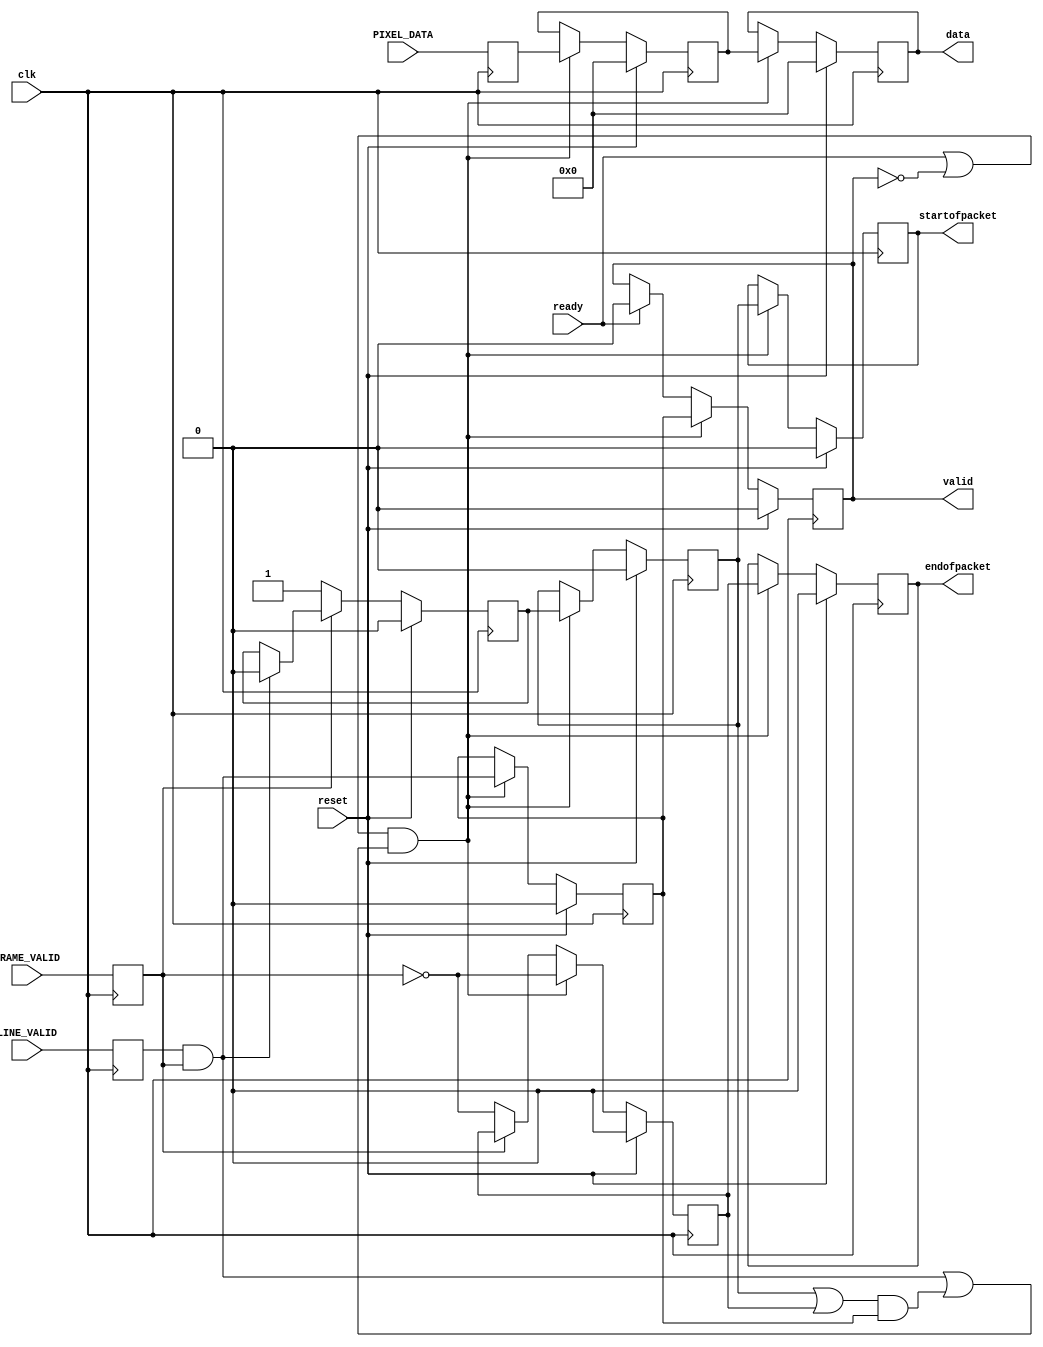
module altera_up_video_camera_decoder (
	clk,
	reset,
	PIXEL_DATA,
	LINE_VALID,
	FRAME_VALID,
	ready,
	data,
	startofpacket,
	endofpacket,
	valid
);
parameter DW = 9;
input						clk;
input						reset;
input			[DW: 0]	PIXEL_DATA;
input						LINE_VALID;
input						FRAME_VALID;
input						ready;
output reg	[DW: 0]	data;
output reg				startofpacket;
output reg			 	endofpacket;
output reg			 	valid;
wire				read_temps;
reg			[DW: 0]	io_pixel_data;
reg						io_line_valid;
reg						io_frame_valid;
reg						frame_sync;
reg			[DW: 0]	temp_data;
reg						temp_start;
reg						temp_end;
reg						temp_valid;
always @ (posedge clk)
begin
	io_pixel_data		<= PIXEL_DATA;
	io_line_valid		<= LINE_VALID;
	io_frame_valid		<= FRAME_VALID;
end
always @ (posedge clk)
begin
	if (reset)
	begin
		data				<= 'h0;
		startofpacket	<= 1'b0;
		endofpacket		<= 1'b0;
		valid				<= 1'b0;
	end
	else if (read_temps)
	begin
		data				<= temp_data;
		startofpacket	<= temp_start;
		endofpacket		<= temp_end;
		valid				<= temp_valid;
	end
	else if (ready)
		valid				<= 1'b0;
end
always @ (posedge clk)
begin
	if (reset)
		frame_sync 		<= 1'b0;
	else if (~io_frame_valid)
		frame_sync 		<= 1'b1;
	else if (io_line_valid & io_frame_valid)
		frame_sync 		<= 1'b0;
end
always @ (posedge clk)
begin
	if (reset)
	begin
		temp_data 		<= 'h0;
		temp_start		<= 1'b0;
		temp_end			<= 1'b0;
		temp_valid		<= 1'b0;
	end
	else if (read_temps)
	begin
		temp_data 		<= io_pixel_data;
		temp_start		<= frame_sync;
		temp_end			<= ~io_frame_valid;
		temp_valid		<= io_line_valid & io_frame_valid;
	end
	else if (~io_frame_valid)
	begin
		temp_end			<= ~io_frame_valid;
	end
end
assign read_temps = (ready | ~valid) & 
	((io_line_valid & io_frame_valid) | 
	 ((temp_start | temp_end) & temp_valid));
endmodule